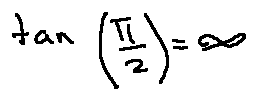
\tan ( \frac { \pi } { 2 } ) = \infty